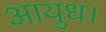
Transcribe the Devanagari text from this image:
आयुध।